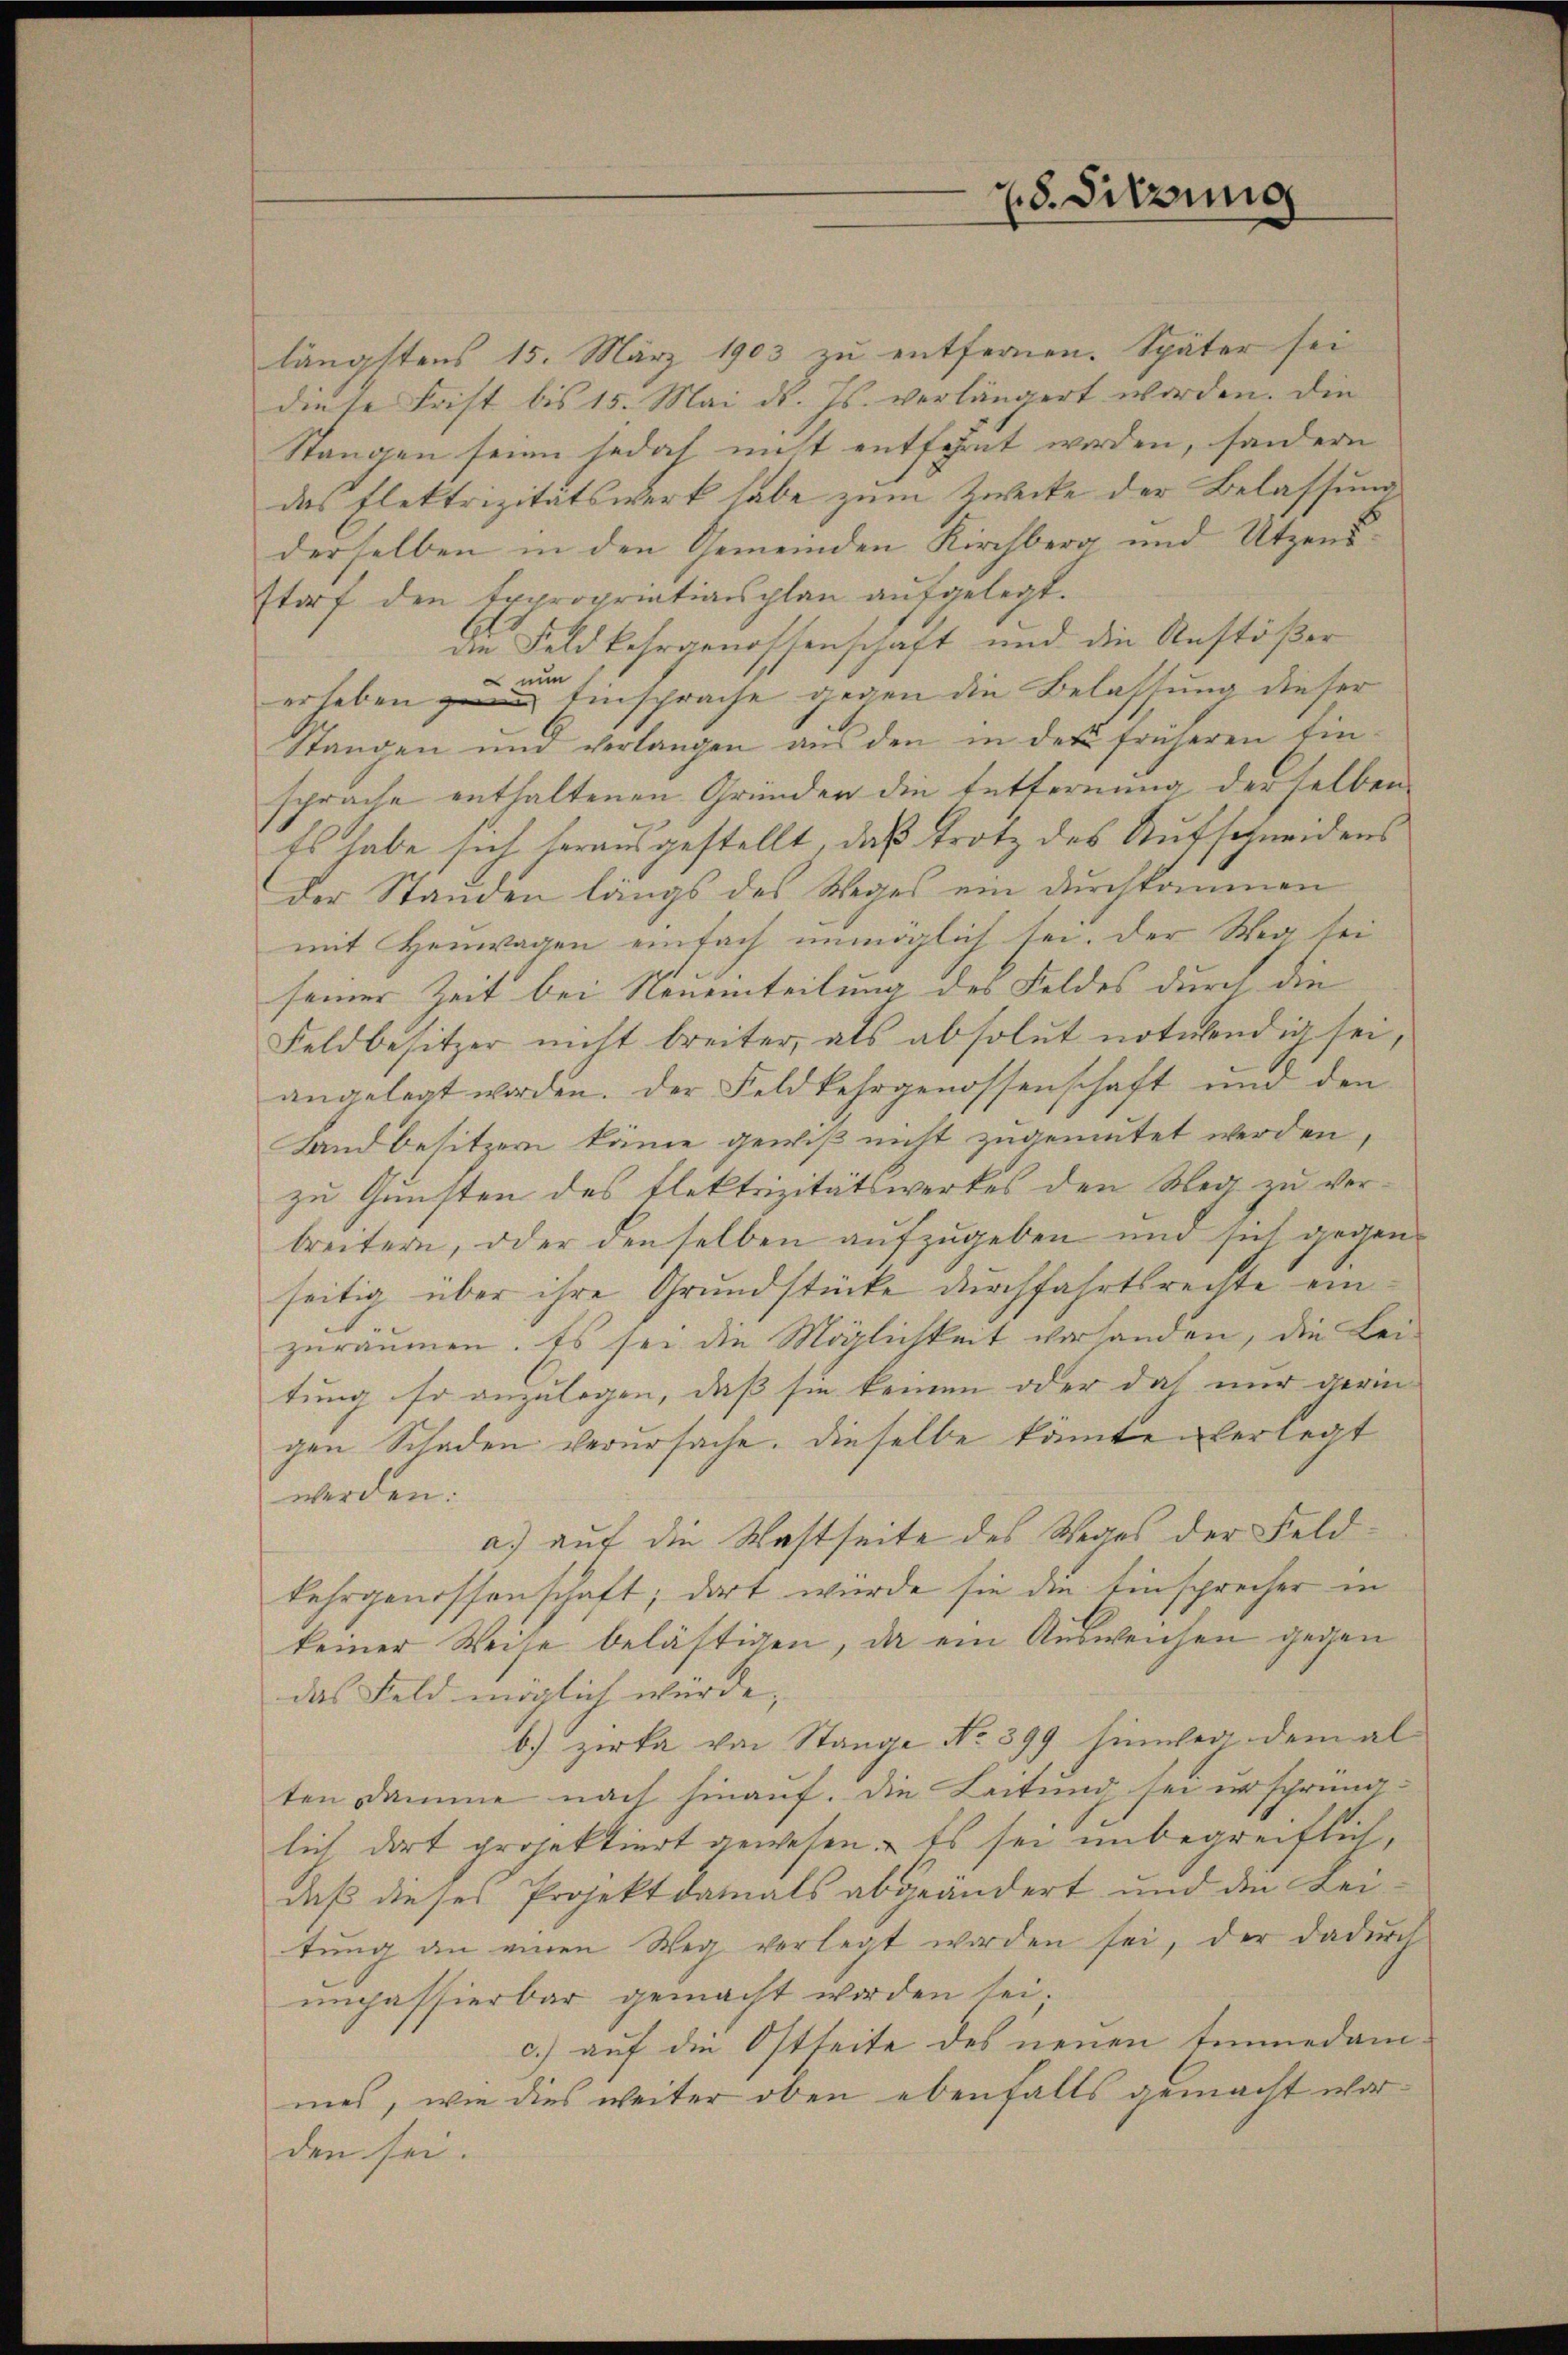
längstens 15. März 1903 zu entfernen. Später sei
diese Frist bis 15. Mai d. Js. verlängert worden. Die
Stangen seien jedoch nicht entfernt worden, sondern
das Flektrizitätswerk habe zum Zwecke der Belassung
derselben in den Gemeinden Kirchberg und Utzensstorf den Expropriationsplan aufgelegt.
die Feld kehrgenossenschaft und die Anstößer
erheben zu Einsprache gegen die Belassung dieser
Stangen und verlangen aŭs den in des früheren Ein-
sprache enthaltenen Gründen die Entfernung derselben
Es habe sich herausgestellt, daß trotz des Aufschneidens
der Standen längs des Weges ein durchkommen
mit Henwagen einfach unmöglich sei. Der Weg sei
seiner Zeit bei Neueinteilung des Feldes durch die
Feldbesitzer nicht breiter, als absolut notwendig sei,
angelegt worden. Der Feldkehrgenossenschaft und den
Landbesitzern käme gewiß nicht zugemutet werden,
zu Gunsten des Elektrizitätswerkes den Weg zu verbreitern, oder denselben aufzugeben und sich gegen
seitig über ihre Grundstücke durchfahrtsrechte einzuräumen. Es sei die Möglichkeit vorhanden, die Lei-
tung so anzulegen, daß sie keinen oder doch nur gerin-
gen Schaden verursache. Dieselbe könnte verlegt
werden:
a.) auf die Wastseite des Weges der Feldkehrgenossenschaft, dort wurde sie die Einsprecher in
keiner Weise belästigen, da ein Ausweichen gegen
das Feld möglich würde, |
b.) zirka von Stange No 399 hinweg dem al
ten Damme nach hinauf. Die Leitung sei un schrüng-
lich dort projektiert gewesen. Es sei unbegreiflich,
daß dieses Projekt damals abgeändert und den Lei-
tung an einen Weg vorlegt worden sei, der dadurch
impassierbar gemacht worden sei;
c.) auf die Ostseite des neuen Emmedammes, wie dies weiter oben ebenfalls gemacht worden sei.

28. Sitzung